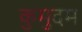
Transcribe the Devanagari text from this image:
कुमुदम